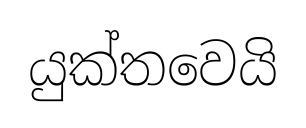
යුක්තවෙයි